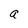
Character: a